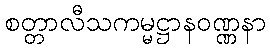
စတ္တာလီသကမ္မဋ္ဌာနဝဏ္ဏနာ